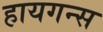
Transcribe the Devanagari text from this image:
हायगन्स